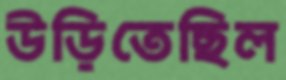
উড়িতেছিল